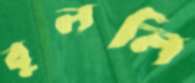
বুললি